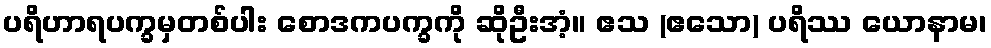
ပရိဟာရပက္ခမှတစ်ပါး စောဒကပက္ခကို ဆိုဦးအံ့။ ဧသ (ဧသော) ပရိဿ ယောနာမ၊